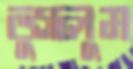
ভুগলুম